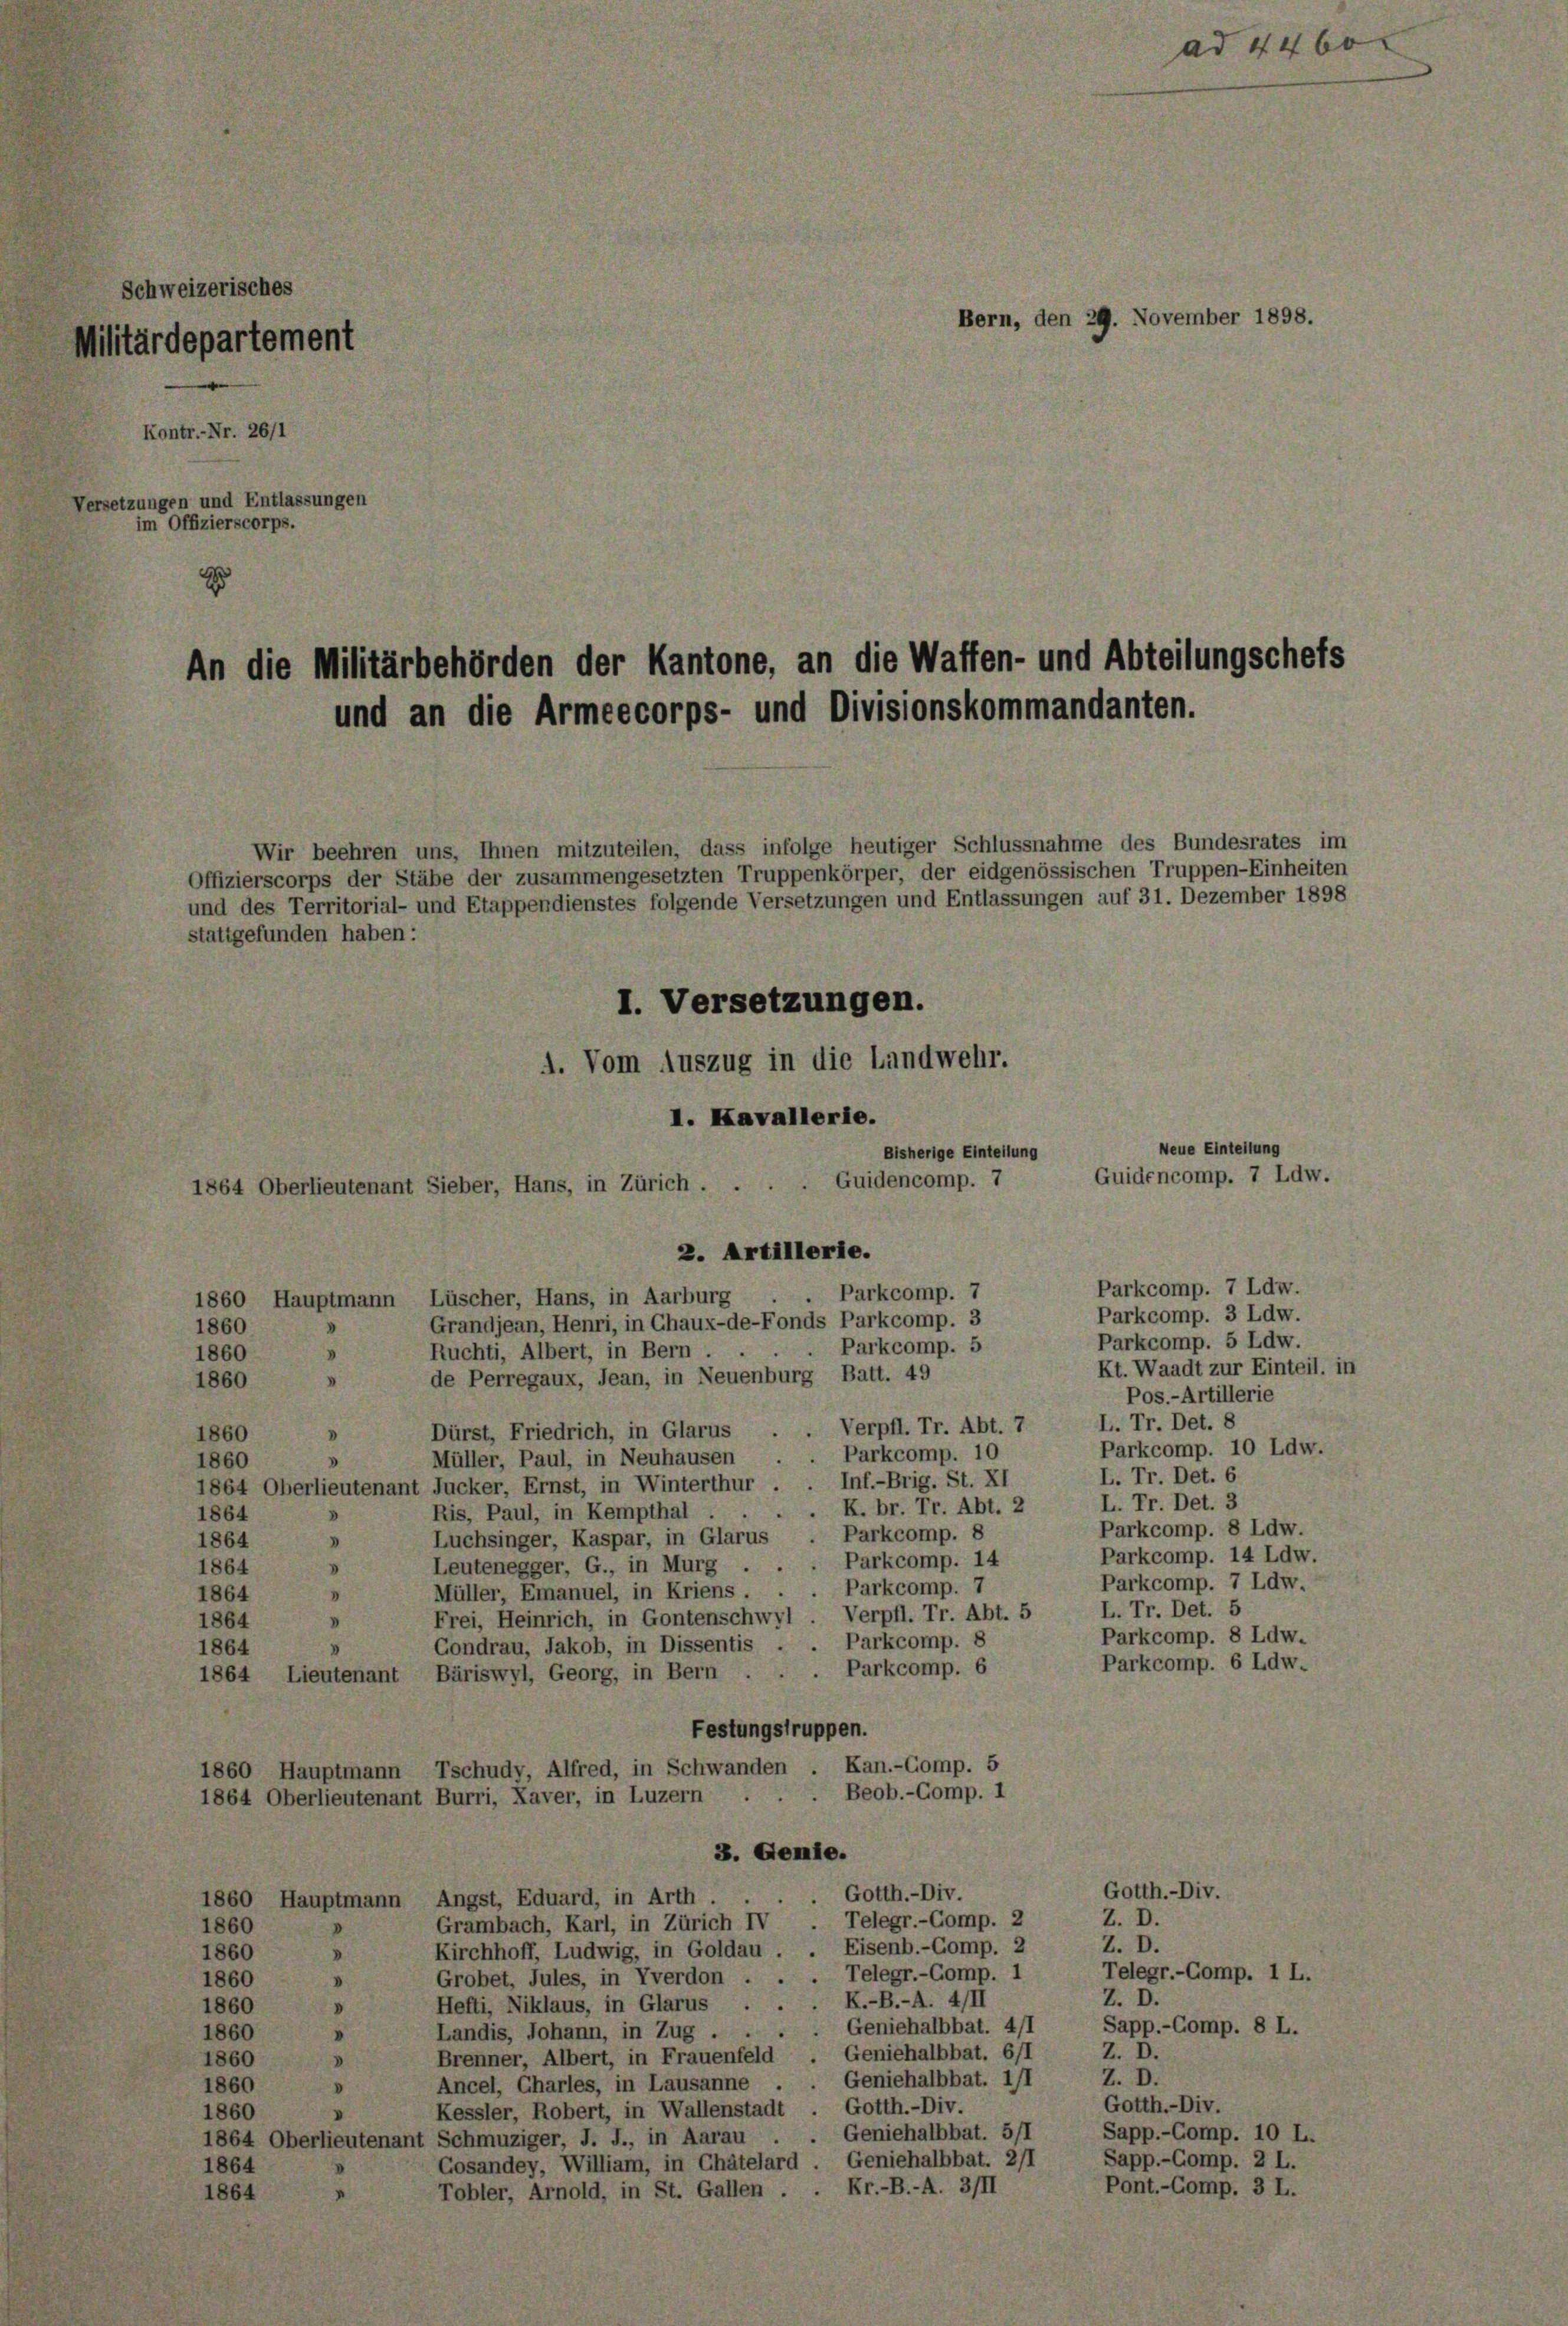
Schweizerisches
Militärdepartement
Versetzungen und Entlassungen
im Offizierscorps.

Kontr.-Nr. 26/1

Wir beehren uns, Ihnen mitzuteilen, dass infolge heutiger Schlussnahme des Bundesrates im
Offizierscorps der Stäbe der zusammengesetzten Truppenkörper, der eidgenössischen Truppen-Einheiten
und des Territorial- und Etappendienstes folgende Versetzungen und Entlassungen auf 31. Dezember 1898
stattgefunden haben:
I. Versetzungen.
1. Vom Auszug in die Landwehr.
I. Kavallerie.
Bisherige Einteilung
Guidencomp. 7
1864 Oberlieutenant Sieber, Hans, in Zürich . .
2. Artillerie.
Parkcomp. 7 Ldw.
Parkcomp. 7
Lüscher, Hans, in Aarburg
1860 Hauptmann
Parkcomp. 3 Ldw.
Grandjean, Henri, in Chaux-de-Fonds Parkcomp. 3
1860
Parkcomp. 5 Ldw.
. Parkcomp. 5
Ruchti, Albert, in Bern.
1860
Kt. Waadt zur Einteil, in
de Perregaux, Jean, in Neuenburg Batt. 49
1860
Pos.-Artillerie
L. Tr. Det. 8
Verpfl. Tr. Abt. 7
Dürst, Friedrich, in Glarus .
1860
Parkcomp. 10 Ldw.
Müller, Paul, in Neuhausen . . Parkcomp. 10
d
1860
L. Tr. Det. 6
1864 Oberlieutenant Jucker, Ernst, in Winterthur . . Inf.-Brig. St. XI
L. Tr. Det. 3
K. br. Tr. Abt. 2
Ris, Paul, in Kempthal .
1864
Parkcomp. 8 Ldw.
Parkcomp. 8
Luchsinger, Kaspar, in Glarus
.
1864
Parkcomp. 14 Ldw.
Parkcomp. 14
Leutenegger, G., in Murg .
1864
v
Parkcomp. 7 Ldw.
Parkcomp. 7
Müller, Emanuel, in Kriens . .
1864
d
L. Tr. Det. 5
Frei, Heinrich, in Gontenschwyl Verpfl. Tr. Abt. 5
1864
V
Parkcomp. 8 Ldw.
Gondrau, Jakob, in Dissentis . . Parkcomp. 8
1864
Parkcomp. 6 Ldw.
. Parkcomp. 6
1864 Lieutenant Bäriswyl, Georg, in Bern
Festungstruppen.
Kan.-Gomp. 5
Tschudy, Alfred, in Schwanden
1860 Hauptmann
Beob.-Gomp. 1
1864 Oberlieutenant Burri, Xaver, in Luzern
3. Genie.
Gotth.-Div.
. Gotth.-Div.
1860 Hauptmann Angst, Eduard, in Arth .
Z. D.
Grambach, Karl, in Zürich IV . Telegr.-Comp. 2
1860
Z. D.
Eisenb.-Gomp. 2
Kirchhoff, Ludwig, in Goldau.
1860
Telegr.-Comp. 1 L.
Grobet, Jules, in Yverdon . . . Telegr.-Comp. 1
1860
Z. D.
Hefti, Niklaus, in Glarus . . K.-B.-A. 4/II
1860
d
Sapp.-Comp. 8 L.
Geniehalbbat. 4/1
Landis, Johann, in Zug
1860
"
Geniehalbbat. 6/1
Z. D.
Brenner, Albert, in Frauenfeld
1860
V
Z. D.
Ancel, Charles, in Lausanne Geniehalbbat. 1/1
1860
.
Gotth.-Div.
Kessler, Robert, in Wallenstadt . Gotth.-Div.
1860
Geniehalbbat. 5/1
Sapp.-Comp. 10 L.
1864 Oberlieutenant Schmuziger, J. J., in Aarau
Sapp.-Comp. 2 L.
Gosandey, William, in Chätelard. Geniehalbbat. 211
1864
Pont.-Comp. 3 L.
Kr.-B.-A. 3/II
Tobler, Arnold, in St. Gallen.
1864

Bern, den 29. November 1898.

An die Militärbehörden der Kantone, an die Waffen- und Abteilungschefs
und an die Armeecorps- und Divisionskommandanten.

ad 446.

Neue Einteilung
Guidencomp. 7 Ldw.